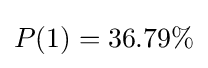
P(1)=36.79\%